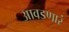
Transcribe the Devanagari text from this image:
आवडणारं